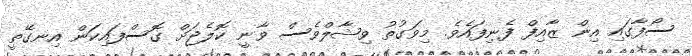
ސޯފާގައި އިން ޒާއިފް ފެނިފައެވެ. މިވަގުތު ވިޝާލްވެސް ވާނީ ކޮލެޖަށް ގޮސްފައިކަން އިނގޭތީ